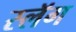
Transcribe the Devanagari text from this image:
स्लॅग